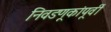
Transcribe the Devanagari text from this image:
निवडणूकांपूर्वी